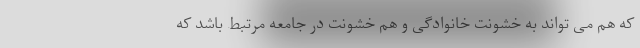
که هم می تواند به خشونت خانوادگی و هم خشونت در جامعه مرتبط باشد که